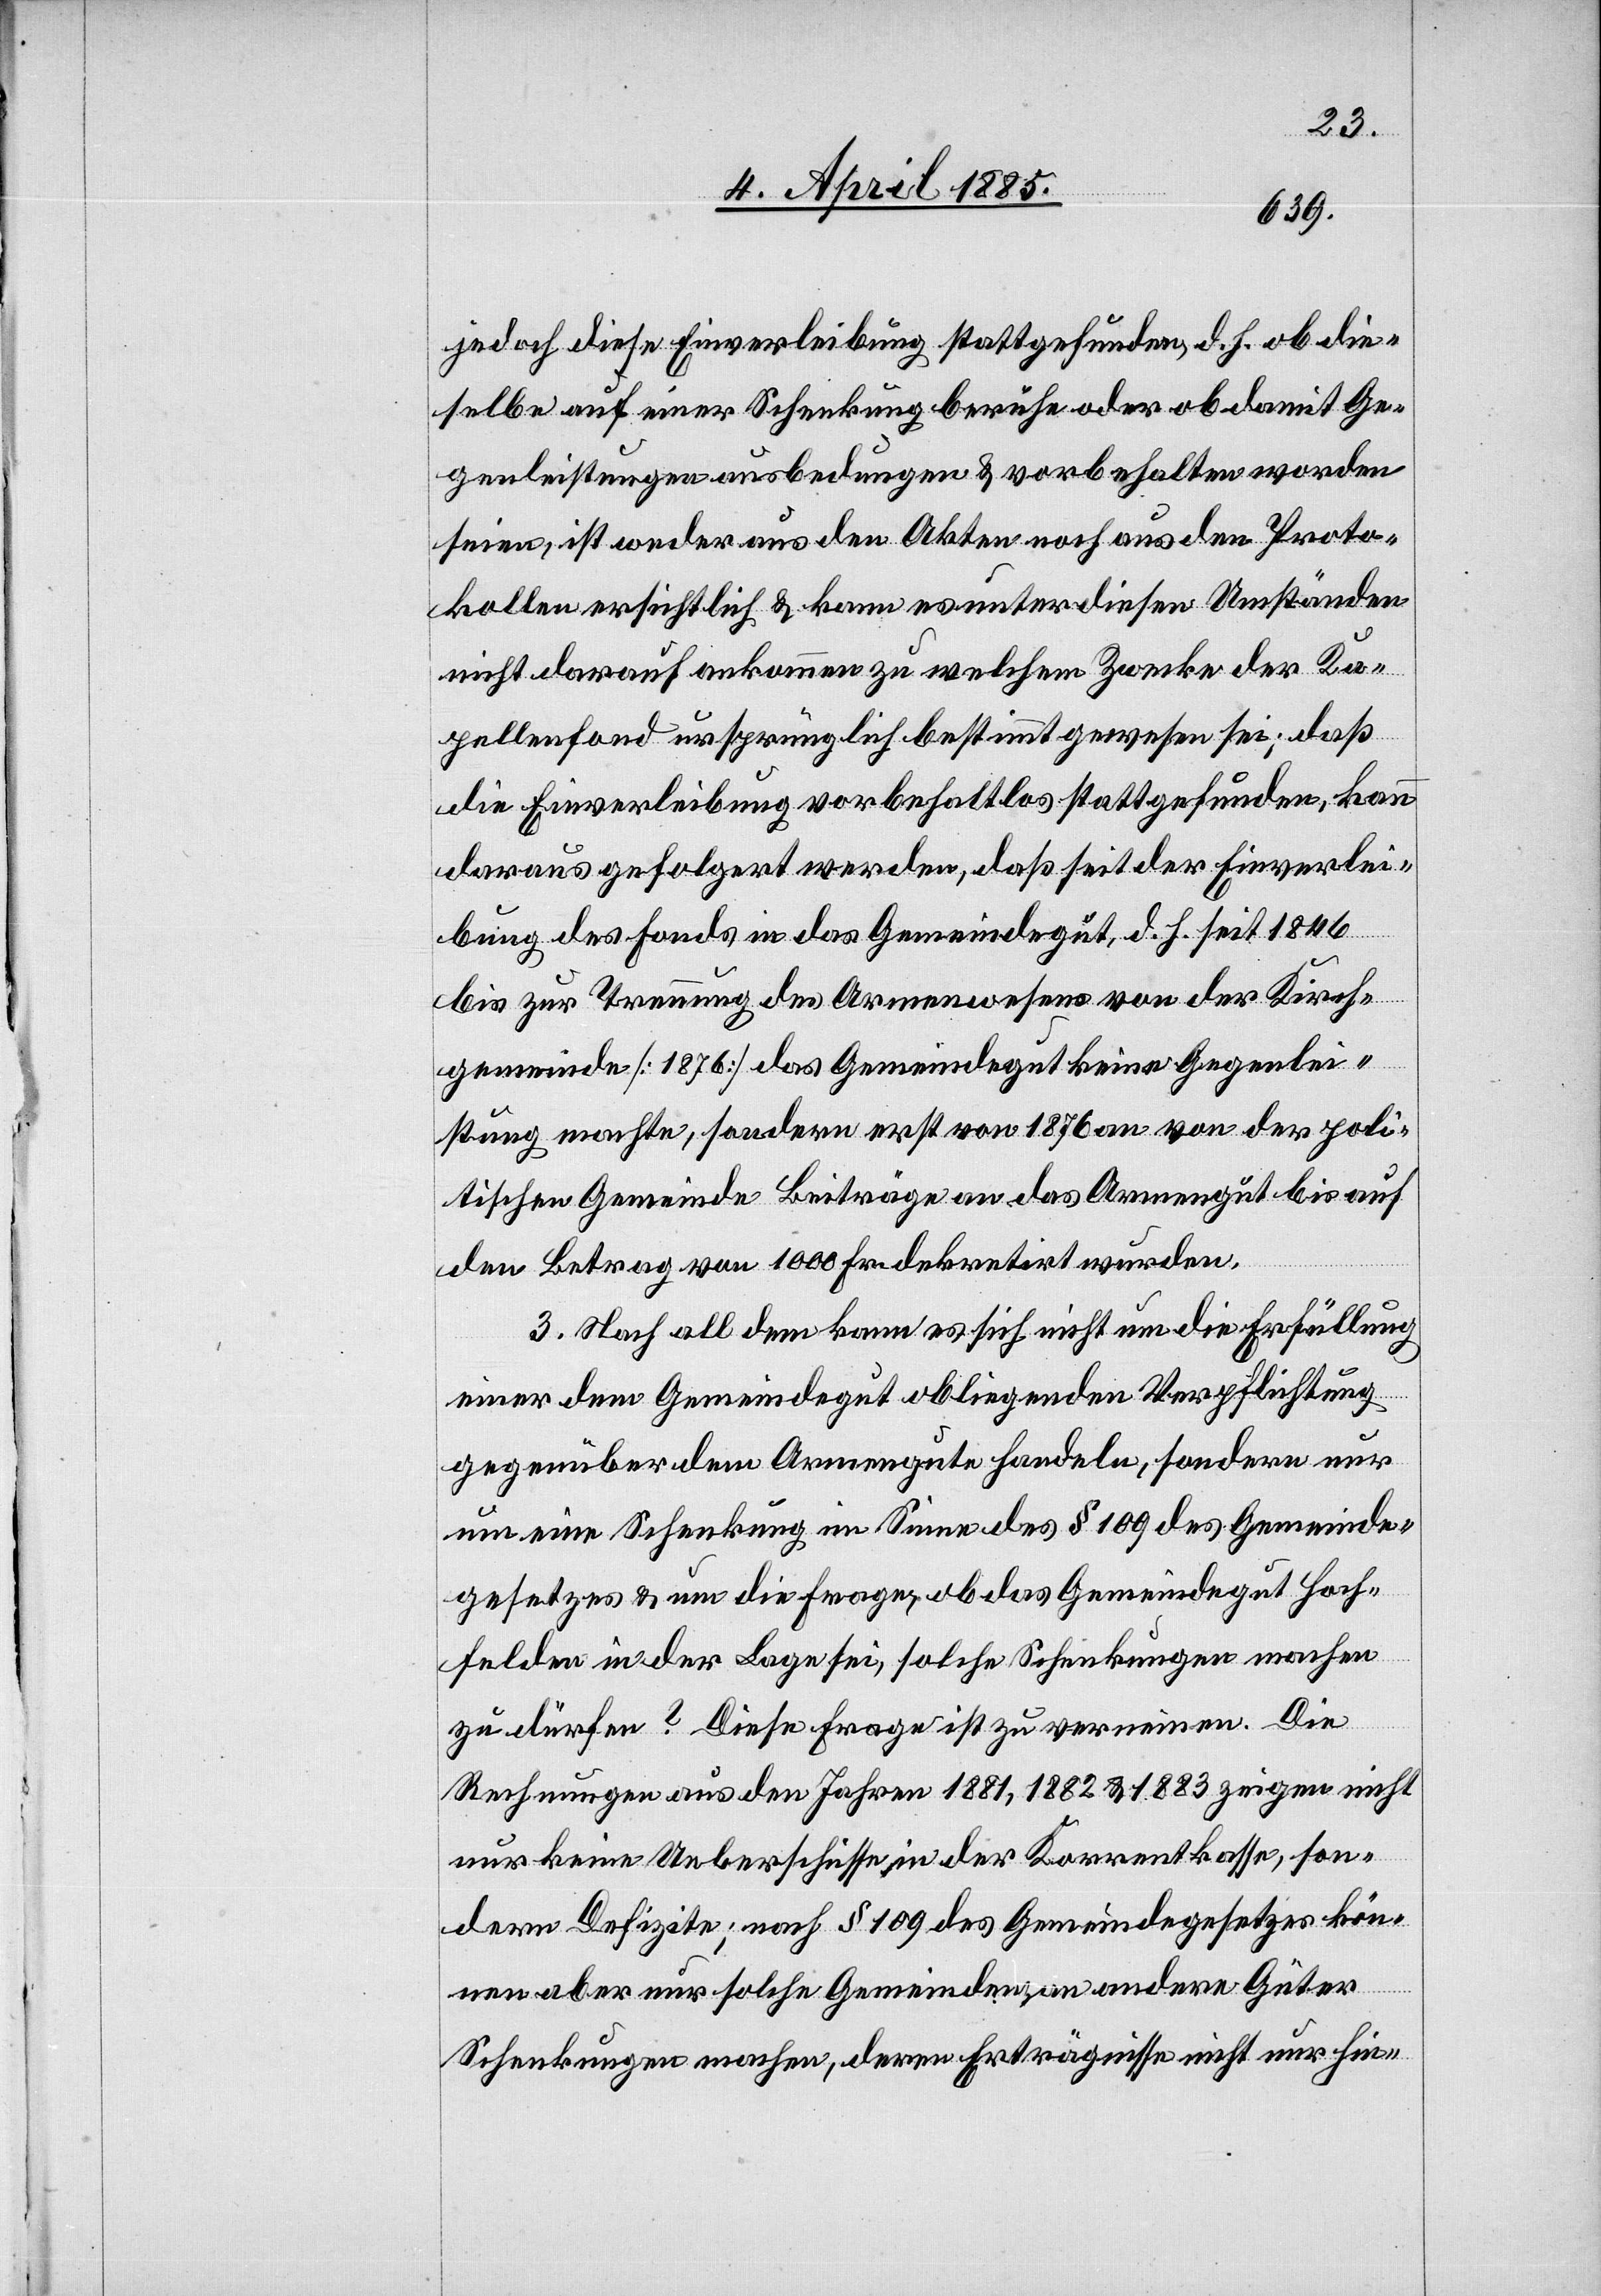
jedoch diese Einverleibung stattgefunden, d. h. ob die¬
selbe auf einer Schenkung beruhe oder ob damit Ge¬
genleistungen ausbedungen & vorbehalten worden
seien, ist weder aus den Akten noch aus den Proto¬
kollen ersichtlich & kann es unter diesen Umständen
nicht darauf ankommen zu welchem Zwecke der Ka¬
pellenfond ursprünglich bestimmt gewesen sei; daß
die Einverleibung vorbehaltlos stattgefunden, kann
daraus gefolgert werden, daß seit der Einverlei¬
bis zur Trennung des Armenwesens von der Kirch¬
gemeinde [1876] das Gemeindegut keine Gegenlei¬
stung machte, sondern erst von 1876 an von der poli¬
tischen Gemeinde Beiträge an das Armengut bis auf
den Betrag von 1000 Fr. dekretirt wurden.
3. Nach all dem kann es sich nicht um die Erfüllung
einer dem Gemeindegut obliegenden Verpflichtung
gegenüber dem Armengute handeln, sondern nur
um eine Schenkung im Sinne des § 109 des Gemeinde¬
gesetzes & um die Frage, ob das Gemeindegut Hoch¬
felden in der Lage sei, solche Schenkungen machen
zu dürfen? Diese Frage ist zu verneinen. Die
Rechnungen aus den Jahren 1881, 1882 & 1883 zeigen nicht
nur keine Ueberschüsse in der Korrentkasse, son¬
dern Defizite; nach § 109 des Gemeindegesetzes kön¬
bung
nen aber nur solche Gemeinden an andere Güter
Schenkungen machen, deren Erträgnisse nicht nur hin-